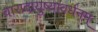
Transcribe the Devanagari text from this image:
वारादायुष्यावर्धनम्